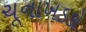
ચૂનાખડકો